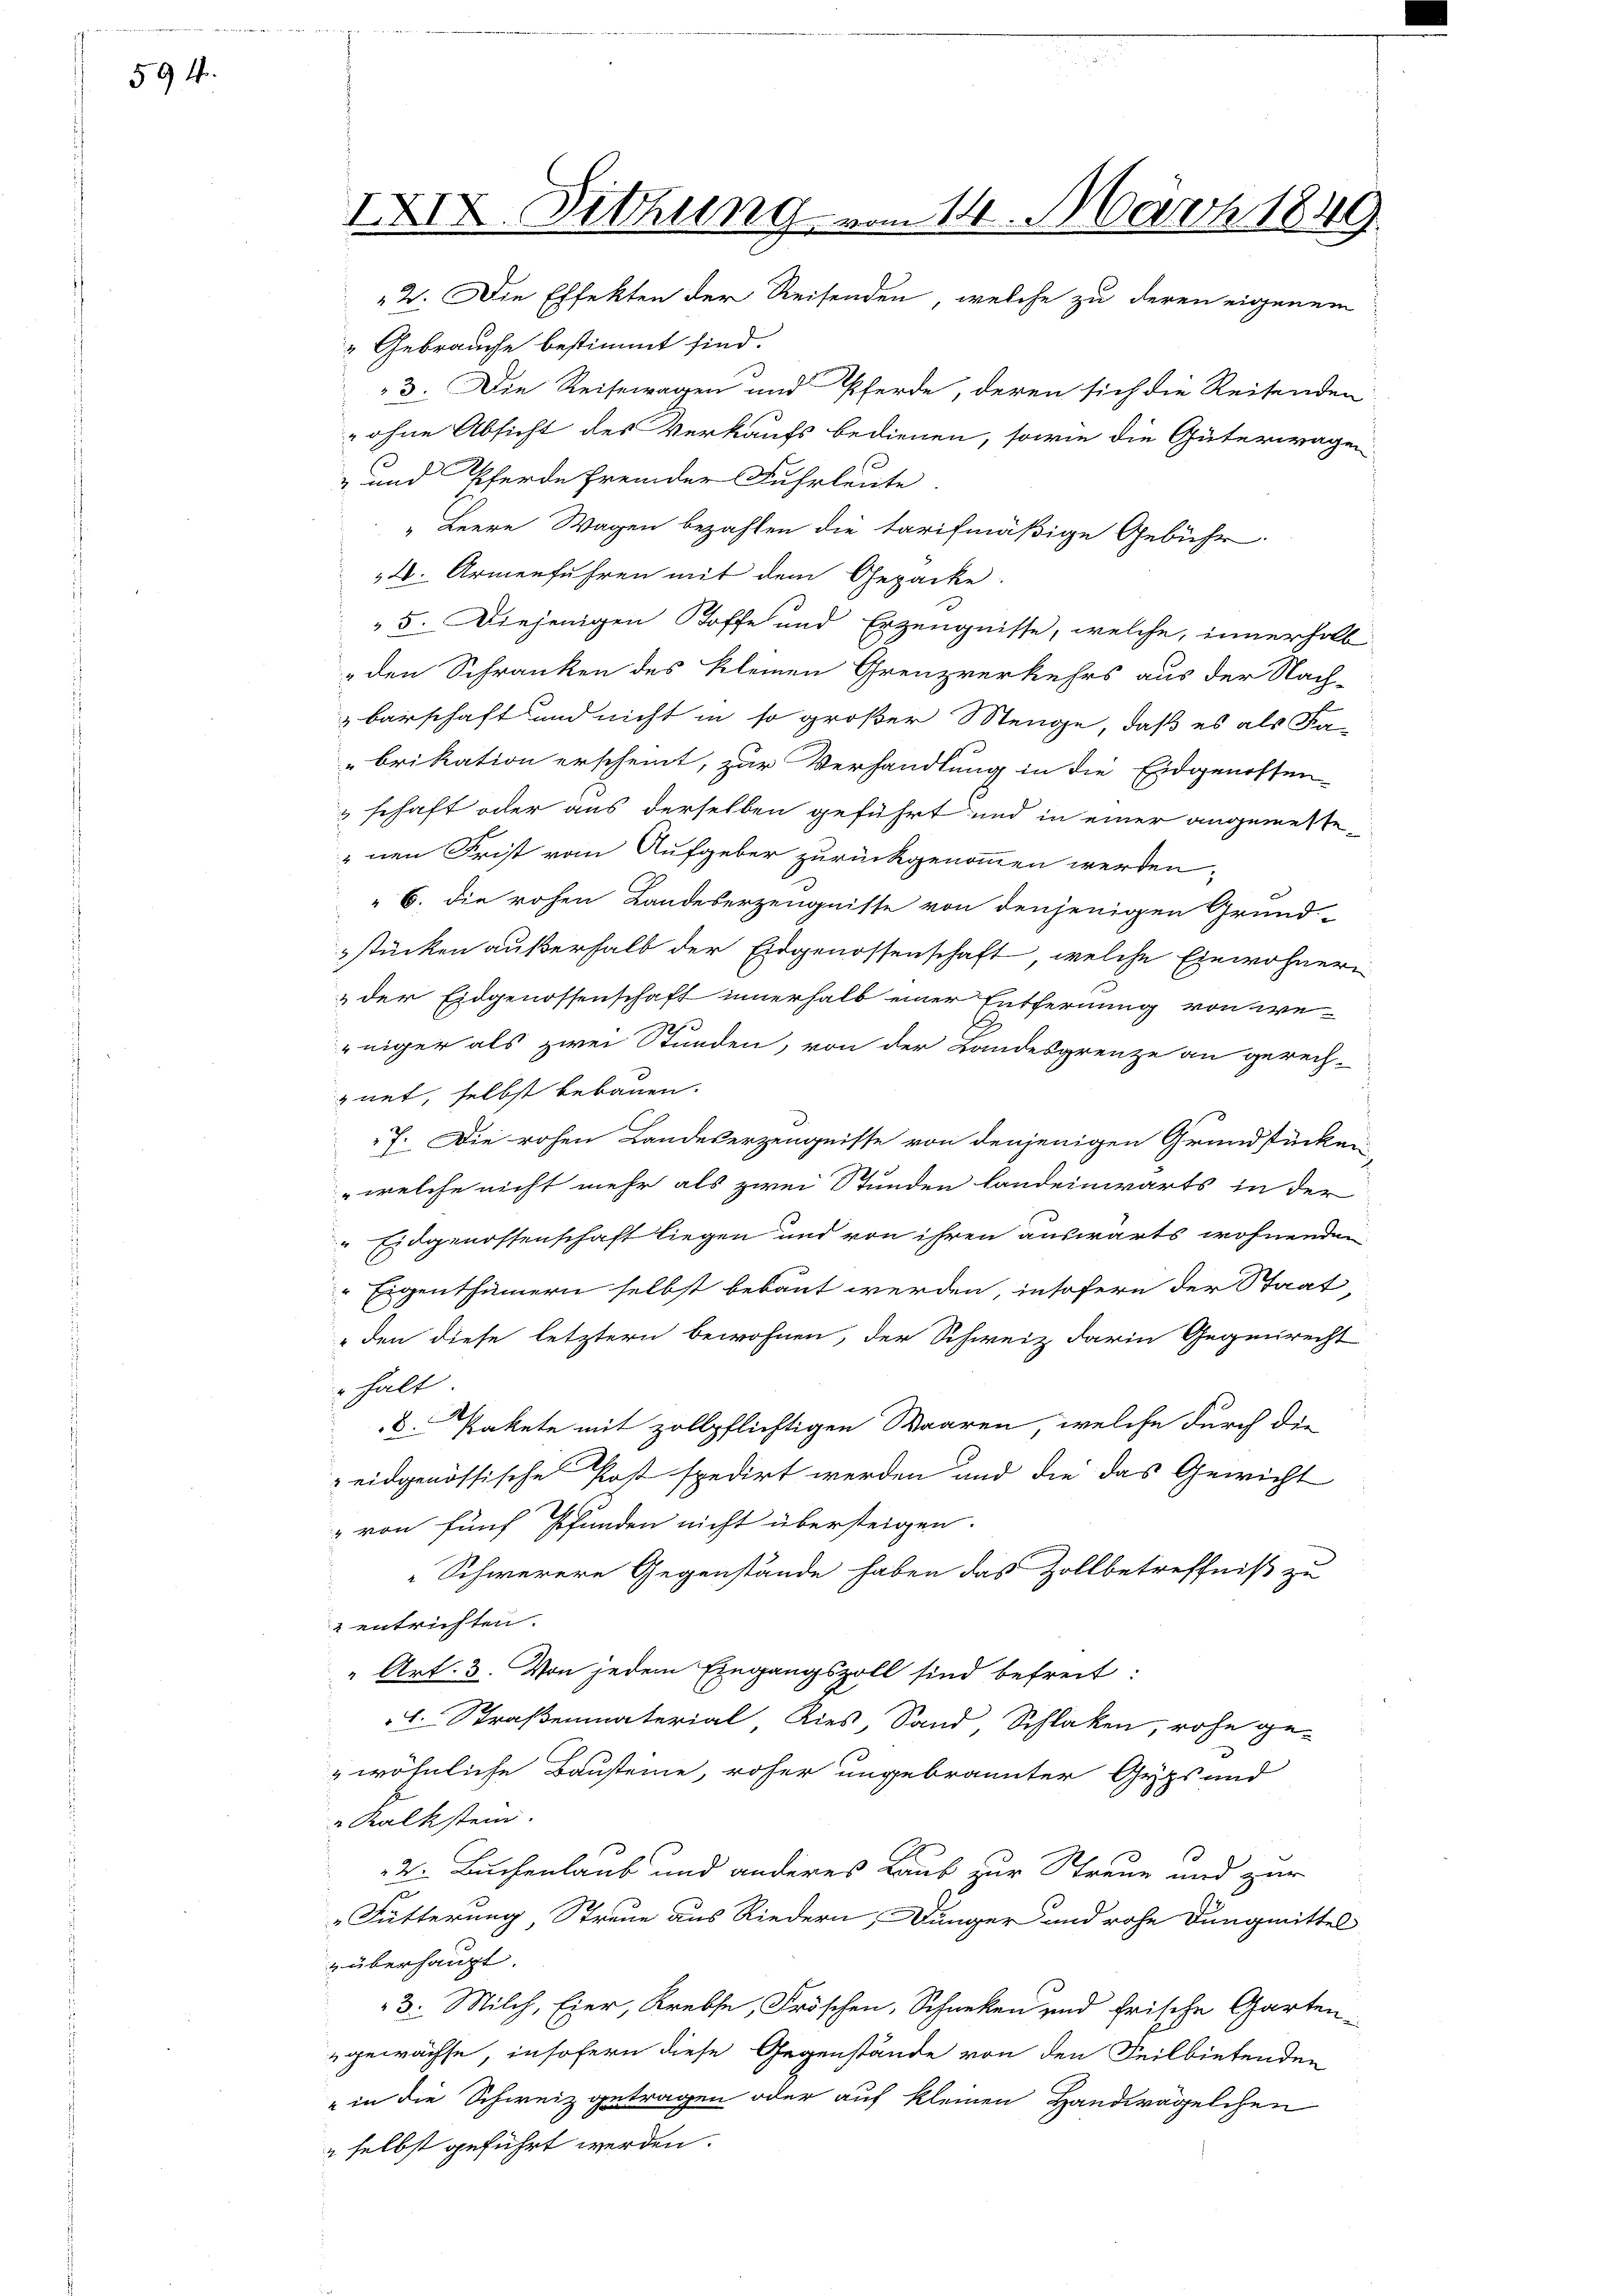
594.

Gebrauche bestimmt sind.
3. Die Reisewagen und Pferde, deren sich die Reitenden
 ohne Absicht des Verkaufs bedienen, sowie die Güterwagen
- und Pferde fremder Fuhrleute
"Leere Wagen bezahlen die tarifmäßige Gebühr.
4. Armenführen mit dem Gepacke.
 5. Diejenigen Stoffe und Erzeugnisse, welche, innerhalb
" den Schranken des kleinen Grenzverkehrs aus der Nach-
barschaft und nicht in so großer Menge, daß es als Fa-
brikation erscheint, zur Verhandlung in die Eidgenossen-
schaft oder aus derselben geführt und in einer angemeste-
" nen Frist vom Aufgeber zurückgenommen werden,
 6. die rohen Landeserzeugnisse von denjenigen Grund-
stücken außerhalb der Eidgenossenschaft, welche Einwohneri
& der Eidgenossenschaft innerhalb einer Entfernung von werniger als zwei Stunden, von der Landesgrenze an gerech-
gnet, selbst bebauen.
7. Die rohen Landeserzeugnisse von denjenigen Grundstücken
" welche nicht mehr als zwei Stunden Landeinwärts in der
Eidgenossenschaft liegen und von ihren auswärts wohnenden
Eigenthümern selbst bebaut werden, insofern der Staat
 den diese letztern bewohnen, der Schweiz darin Gegenrecht
halt
d. Pakete mit zollpflichtigen Waaren, welche durch die
eidgenössische Post spedirt werden und die das Gewicht
" von fünf Pfunden nicht übersteigen.
Schwerere Gegenstände haben das Zollbetreffniß zu
2 entrichten.
Art. 3. Von jedem Eingangszoll sind befreit:
L. Straßenmaterial, Kies, Sand Schlaken, rohe ge-
wöhnliche Bausteine, roher ungebrannter Gyps und
Kalkstein.
2: Buchenlaub und anderes Laub zur Streue und zur
Fütterung, Streue aus Riedern, Dünger und rohe Dungmittel
 überhaupt.
3. Milch, Eier, Krebse, Fröschen, Schneken und frische Garten-
gewachse, insofern diese Gegenstände von den Teilbietenden
" in die Schweiz getragen oder auf kleinen Handwägelchen
 selbst geführt werden.

IXIX. Sitzung vom 14. März 1849.
2. Die Effekten der Reisenden, welche zu deren eigenem